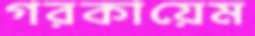
গরকায়েম